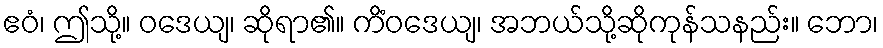
ဧဝံ၊ ဤသို့။ ဝဒေယျ၊ ဆိုရာ၏။ ကိံဝဒေယျ၊ အဘယ်သို့ဆိုကုန်သနည်း။ ဘော၊